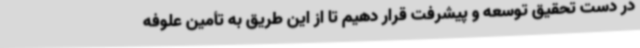
در دست تحقیق توسعه و پیشرفت قرار دهیم تا از این طریق به تأمین علوفه